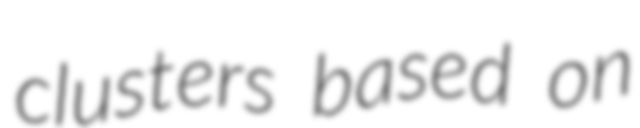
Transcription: clusters based on